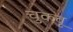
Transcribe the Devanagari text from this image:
चुकवू